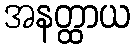
အနတ္ထာယ